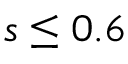
s \leq 0 . 6